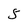
Character: 5